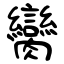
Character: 臠